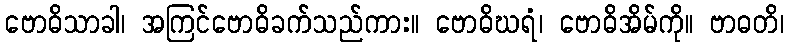
ဗောဓိသာခါ၊ အကြင်ဗောဓိခက်သည်ကား။ ဗောဓိဃရံ၊ ဗောဓိအိမ်ကို။ ဗာဓတိ၊